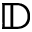
\mathbb { D }